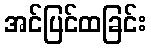
အင်ပြင်ထခြင်း